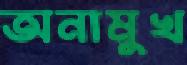
অনামুখ